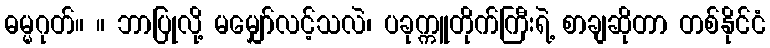
ဓမ္မဂုတ်။ ။ ဘာပြုလို့ မမျှော်လင့်သလဲ၊ ပခုက္ကူတိုက်ကြီးရဲ့ စာချဆိုတာ တစ်နိုင်ငံ